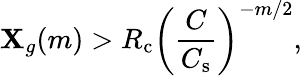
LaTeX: \mathbf{X}_{g}(m)>R_{\mathrm{{c}}}\left(\frac{{C}}{{C_{\mathrm{{s}}}}}\right)^{-m/2},